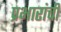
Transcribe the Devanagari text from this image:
प्रभारांची